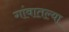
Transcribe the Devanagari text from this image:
गांवातल्या